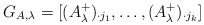
\begin{align*}G_{A,\lambda}=[(A_{\lambda}^+)_{\cdot j_1},\ldots,(A_{\lambda}^+)_{\cdot j_k}]\end{align*}